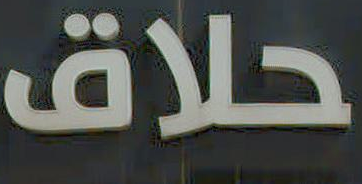
حلاق